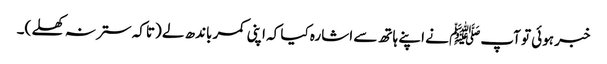
خبر ہوئی تو آپﷺ نے اپنے ہاتھ سے اشارہ کیا کہ اپنی کمر باندھ لے (تاکہ ستر نہ کھلے )۔